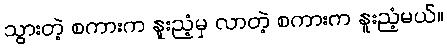
သွားတဲ့ စကားက နူးညံ့မှ လာတဲ့ စကားက နူးညံ့မယ်။